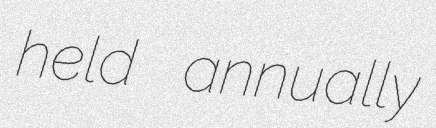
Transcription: held annually